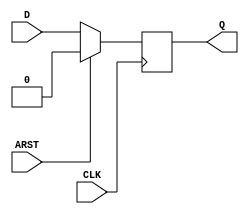
// This program was cloned from: https://github.com/Nitcloud/Digital-IDE
// License: GNU General Public License v3.0

(* techmap_celltype = "$adff" *)
module adff2dff (CLK, ARST, D, Q);
	parameter WIDTH = 1;
	parameter CLK_POLARITY = 1;
	parameter ARST_POLARITY = 1;
	parameter ARST_VALUE = 0;

	input CLK, ARST;
	(* force_downto *)
	input [WIDTH-1:0] D;
	(* force_downto *)
	output reg [WIDTH-1:0] Q;
	(* force_downto *)
	reg [WIDTH-1:0] NEXT_Q;

	wire [1023:0] _TECHMAP_DO_ = "proc;;";

	always @*
		if (ARST == ARST_POLARITY)
			NEXT_Q <= ARST_VALUE;
		else
			NEXT_Q <= D;

	if (CLK_POLARITY)
		always @(posedge CLK)
			Q <= NEXT_Q;
	else
		always @(negedge CLK)
			Q <= NEXT_Q;
endmodule